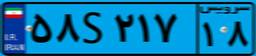
۵۸S۲۱۷۱۸